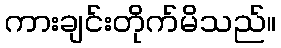
ကားချင်းတိုက်မိသည်။